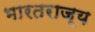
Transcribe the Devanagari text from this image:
भारतराज्य